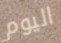
اليوم